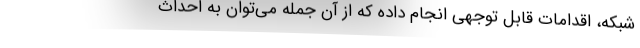
شبکه، اقدامات قابل توجهی انجام داده که از آن جمله می‌توان به احداث